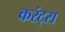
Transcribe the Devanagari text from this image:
करंट्स